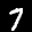
Label: 7